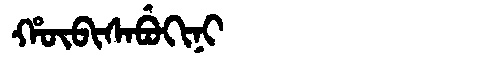
Manchu: ᡥᡡᠪᡳᠰᠠᠪᡠᡴᡳᠨᡳ
Romanization: HŪBISABUKINI